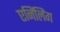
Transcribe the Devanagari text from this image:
एनिंलिंग